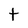
Character: t